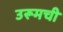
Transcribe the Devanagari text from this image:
उरूमची